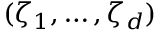
( \zeta _ { 1 } , \ldots , \zeta _ { d } )